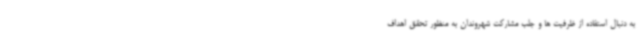
به دنبال استفاده از ظرفیت ها و جلب مشارکت شهروندان به منظور تحقق اهداف